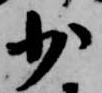
少